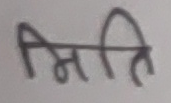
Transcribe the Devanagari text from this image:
मिति